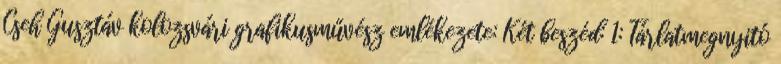
Cseh Gusztáv kolozsvári grafikusművész emlékezete: Két beszéd: 1: Tárlatmegnyitó